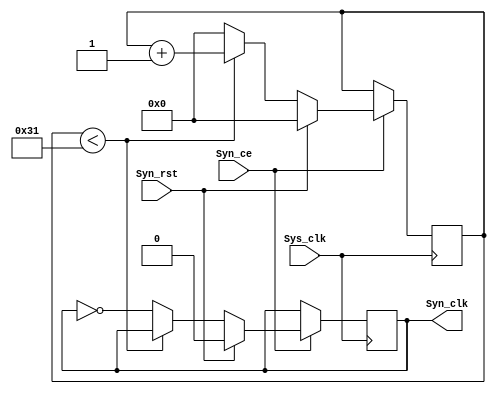
`timescale 1ns / 1ps
`default_nettype wire
//////////////////////////////////////////////////////////////////////////////////
// Company: 		Shippensburg University
// 
// Design Name: 	 
// Module Name:    Oscillator_clock 
// Project Name: 	 AC97SYNTH
// Target Devices: 
// Tool versions: 
// Description: 
//
// Dependencies: 
//
// Revision: 
// Revision 0.01 - File Created
//				2.01 - NCC1701D
// Additional Comments: 
//			The oscillator clock is used in the calculation of the output wave.
//			Calculation
//					system_clk					te			100Mhz
//					----------					->	-------------- -> 		100
//		how often do we ask the quesiton?		   1MHz
//
//////////////////////////////////////////////////////////////////////////////////
`define PERIOD 				100
`define PULSE_WIDTH			50

module Synth_clk(
    input Sys_clk,				// input system clk
	 input Syn_ce,					// input active high synth enable
	 input Syn_rst,				// input active high reset
    output Syn_clk				// output synthesizer update clock
    );
	 
	 reg state = 0;				// state clock
	 reg [7:0] cnt = 0;			// counter
	 
	 always @(posedge Sys_clk) begin		// state logic	
		 if (! Syn_ce) begin					// enable logic
			state <= state;
			cnt <= cnt;
		 end
		 else if (Syn_rst) begin			//	reset logic
			 state <= 0;			
			 cnt <= 0;
		 end
		 else begin								// nominal logic
			 if (cnt < `PULSE_WIDTH - 1) begin
			 	cnt <= cnt + 1;
			 end
			 else begin							// state switch logic
				state <= ~state;
				cnt <= 0;
			 end 									// end state switch
		 end 										// end nomial
	 end											// end state
	 
	 assign Syn_clk = state;
endmodule